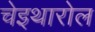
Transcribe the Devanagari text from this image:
चेइथारोल